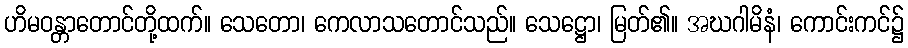
ဟိမဝန္တာတောင်တို့ထက်။ သေတော၊ ကေလာသတောင်သည်။ သေဋ္ဌော၊ မြတ်၏။ အဃဂါမိနံ၊ ကောင်းကင်၌